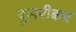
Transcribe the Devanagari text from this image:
दूसरीबार